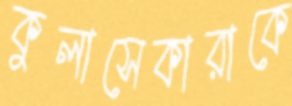
কুলাসেকারাকে